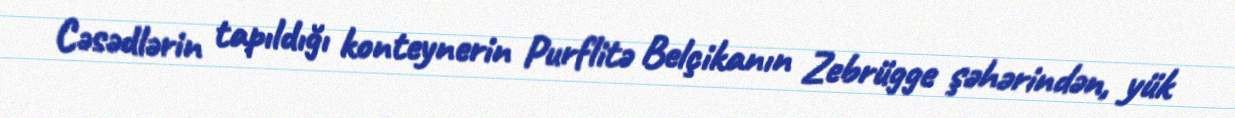
Cəsədlərin tapıldığı konteynerin Purflitə Belçikanın Zebrügge şəhərindən, yük